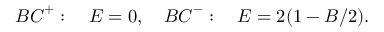
{ \cal B C } ^ { + } : \quad E = 0 , \quad { \cal B C } ^ { - } : \quad E = 2 ( 1 - B / 2 ) .